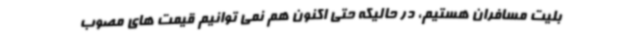
بلیت مسافران هستیم، در حالیکه حتی اکنون هم نمی توانیم قیمت های مصوب